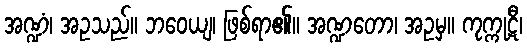
အဏ္ဍံ၊ အဥသည်။ ဘဝေယျ၊ ဖြစ်ရာ၏။ အဏ္ဍတော၊ အဥမှ။ ကုက္ကုဋီ၊